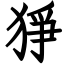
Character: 猙